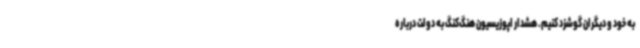
به خود و دیگران گوشزد کنیم. هشدار اپوزیسیون هنگ‌کنگ به دولت درباره